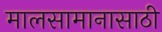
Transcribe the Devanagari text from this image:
मालसामानासाठी